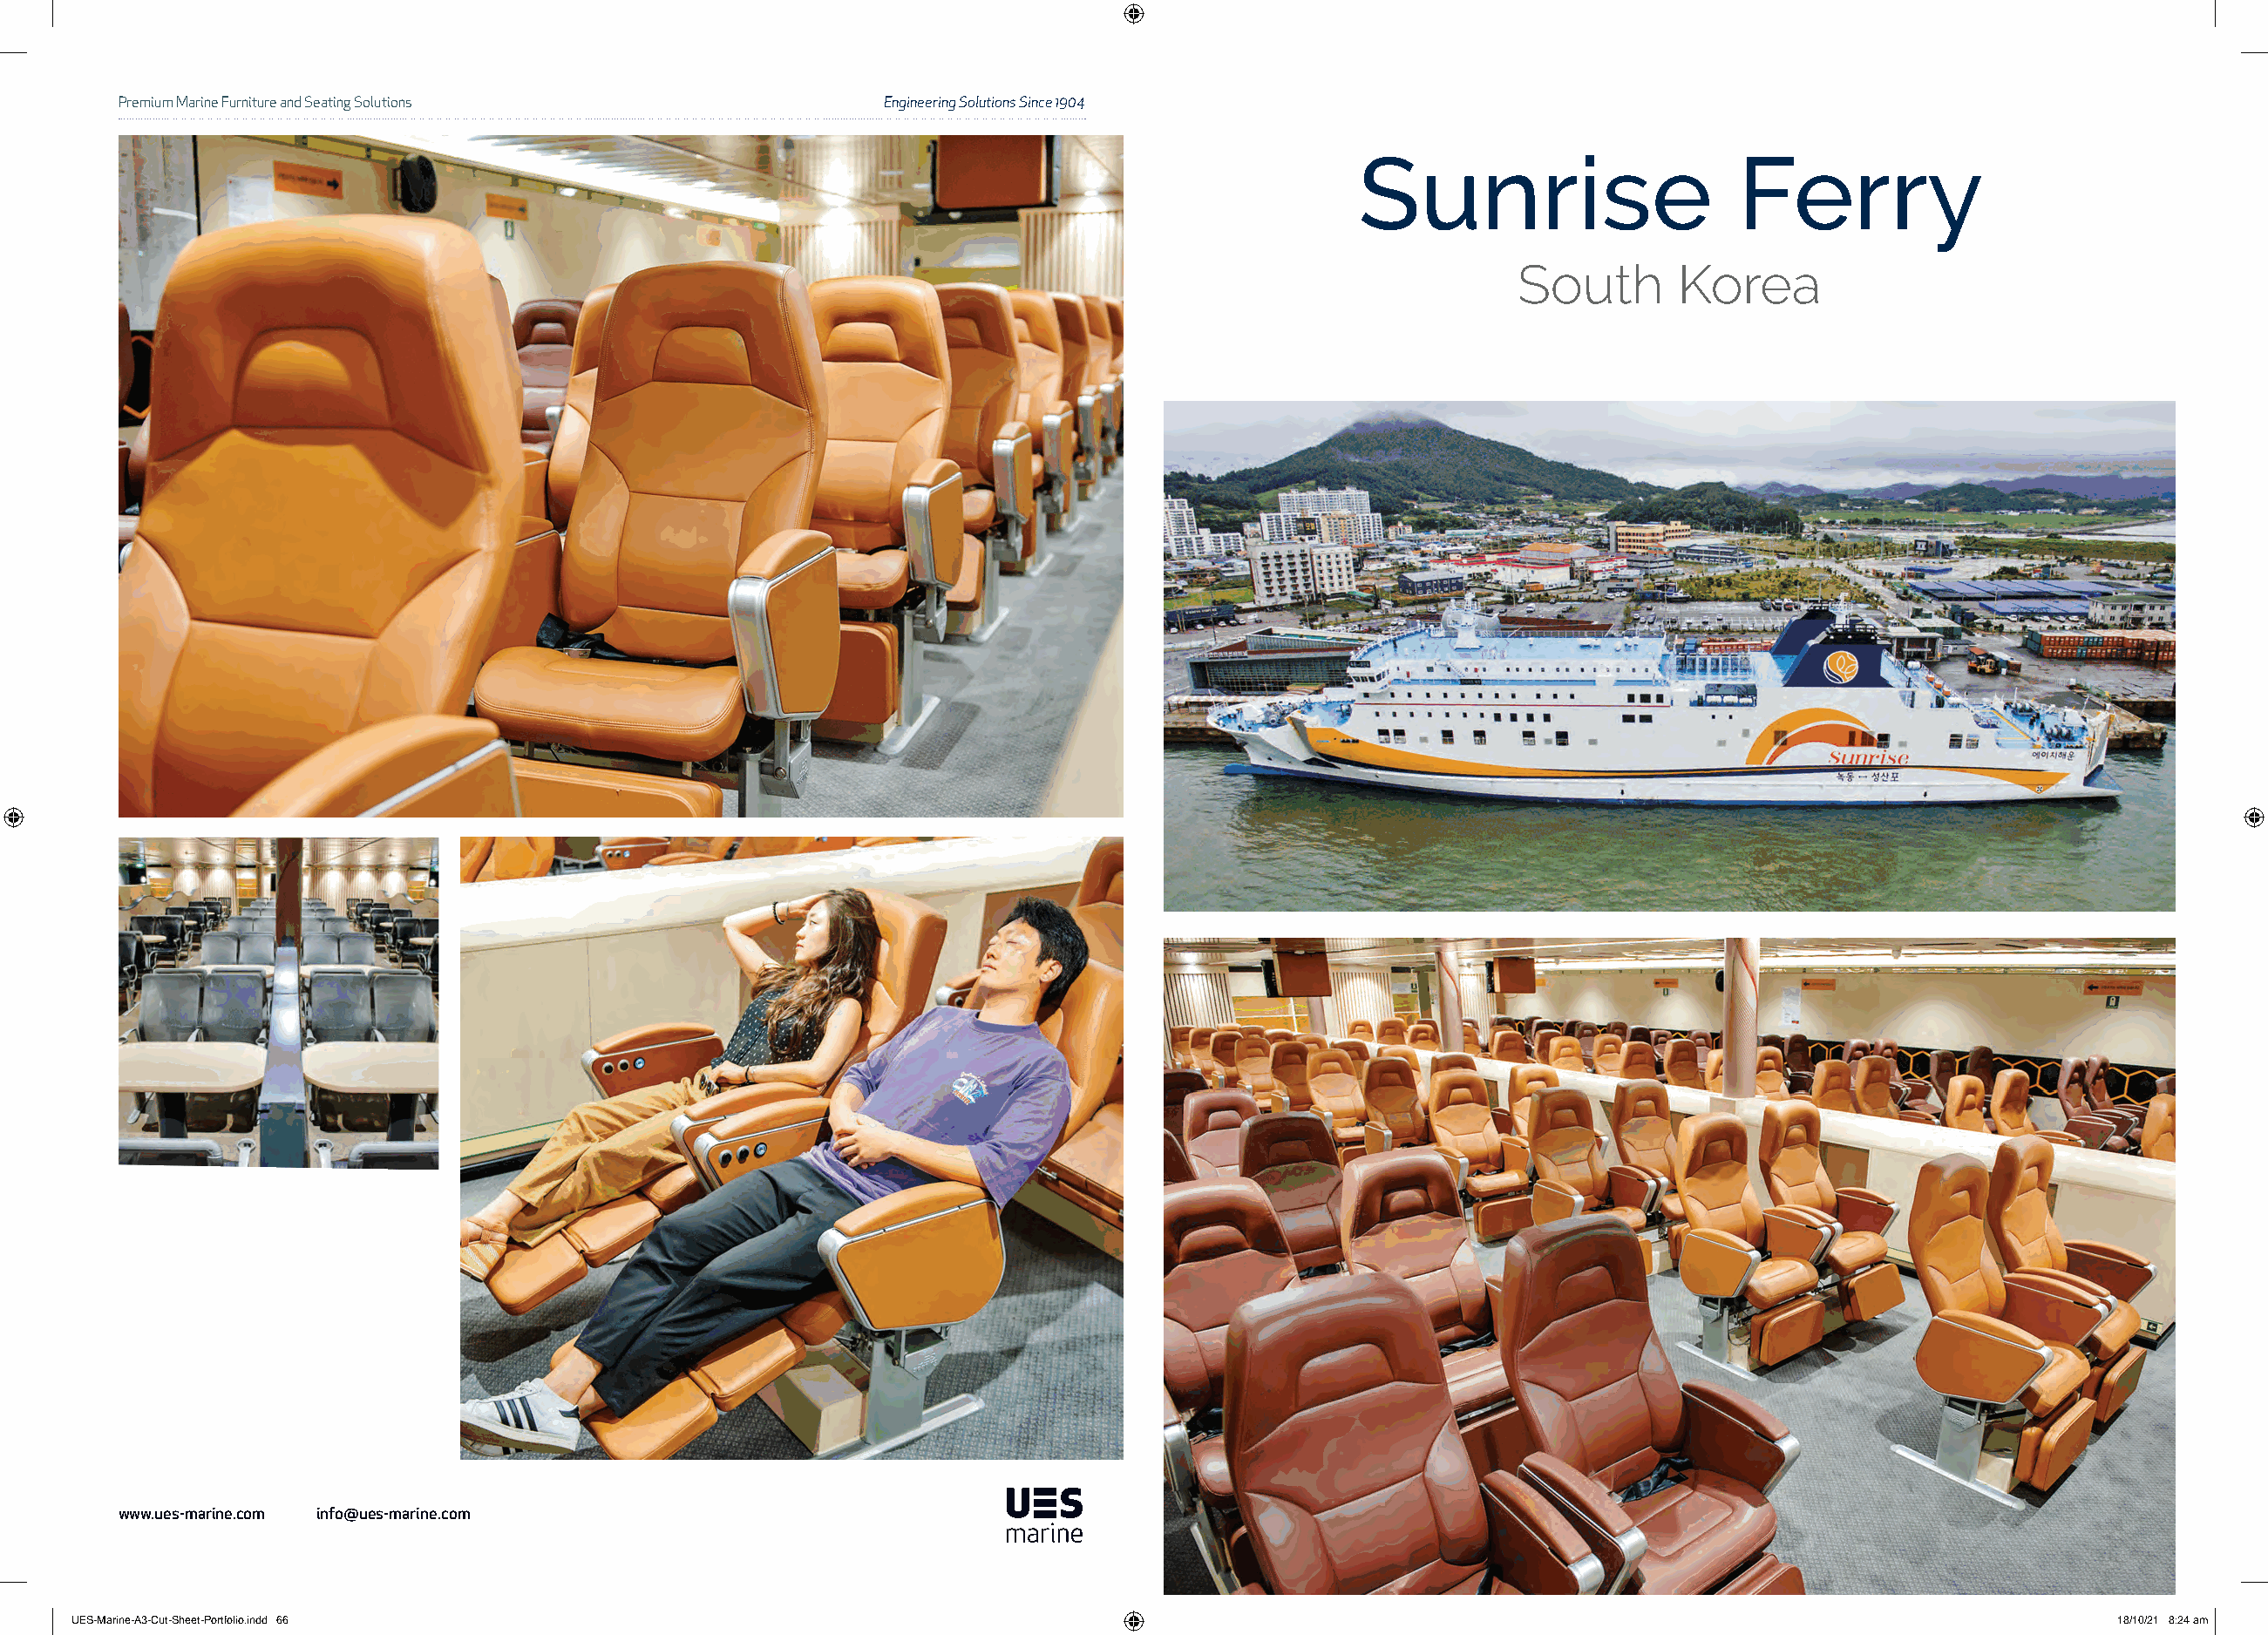
Premium Marine Furniture and Seating Solutions            Engineering Solutions Since 1904
 Sunrise                      Ferry
 South       Korea
 www.ues-marine.com info@ues-marine.com
 UUEESS--MMaarriinnee--AA33--CCuutt--SShheeeett--PPoorrttffoolliioo..iinndddd 6666                                                                           1188//1100//2211 88::2244 aamm